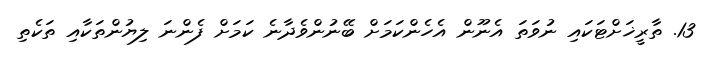
13. ތާރީޚަށްޓަކައި ނުވަތަ އެނޫން އެހެންކަމަށް ބޭނުންވެދާނެ ކަމަށް ފެންނަ ލިޔުންތަކާއި ތަކެތި